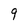
Character: 9